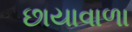
છાયાવાળા